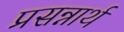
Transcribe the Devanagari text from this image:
प्रसन्नार्थ